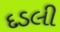
દડલી